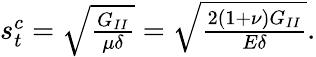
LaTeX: \begin{array}{r}{s_{t}^{c}=\sqrt{\frac{G_{II}}{\mu\delta}}=\sqrt{\frac{2(1+\nu)G_{II}}{E\delta}}.}\end{array}